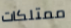
ممتلكات